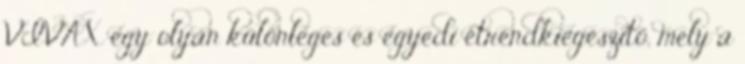
VIVAX egy olyan különleges és egyedi étrendkiegészítő, mely a